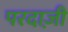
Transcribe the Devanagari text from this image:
परदाज़ी